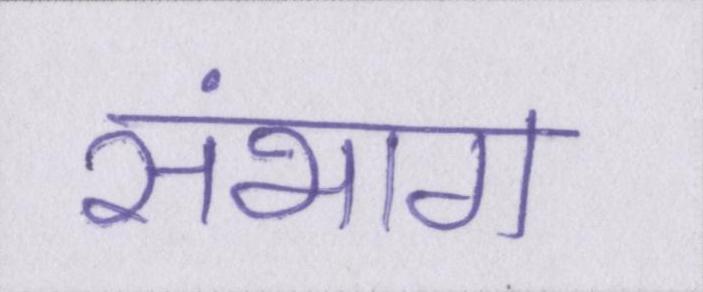
संभाग